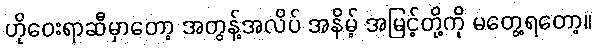
ဟိုဝေးရာဆီမှာတော့ အတွန့်အလိပ် အနိမ့် အမြင့်တို့ကို မတွေ့ရတော့။